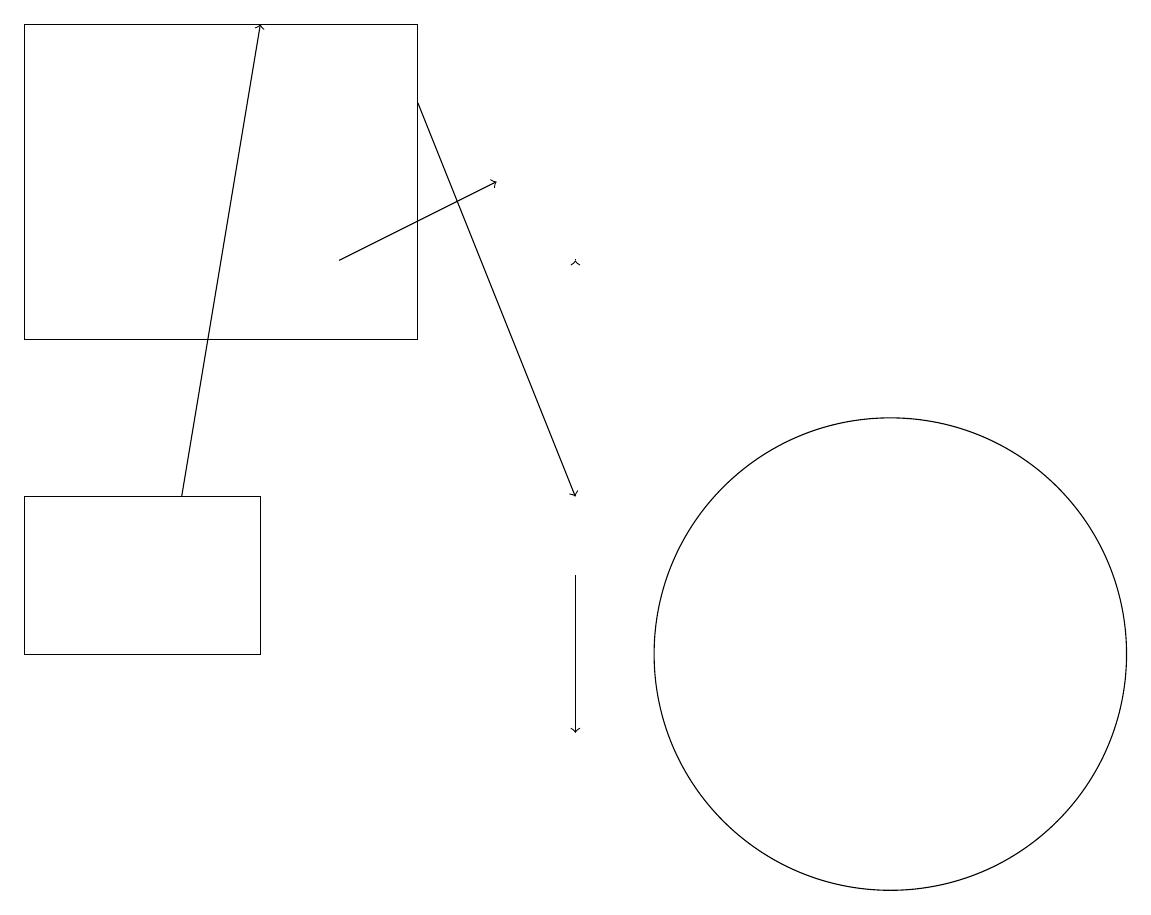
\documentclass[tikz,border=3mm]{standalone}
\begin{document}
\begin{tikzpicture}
\draw (11,11) circle (3);
\draw[->] (7,12) -- (7,10);
\draw[->] (4,16) -- (6,17);
\draw[->] (7,16) -- (7,16);
\draw (0,19) rectangle (5,15);
\draw (0,13) rectangle (3,11);
\draw[->] (2,13) -- (3,19);
\draw[->] (5,18) -- (7,13);
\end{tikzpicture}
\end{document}